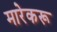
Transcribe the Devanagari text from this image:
मारेकरू